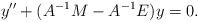
LaTeX: \begin{align*} y''+(A^{-1}M-A^{-1}E)y=0.\end{align*}